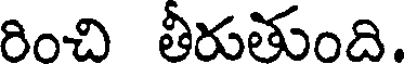
రించి తీరుతుంది.